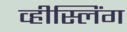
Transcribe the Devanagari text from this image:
व्हीस्लिंग